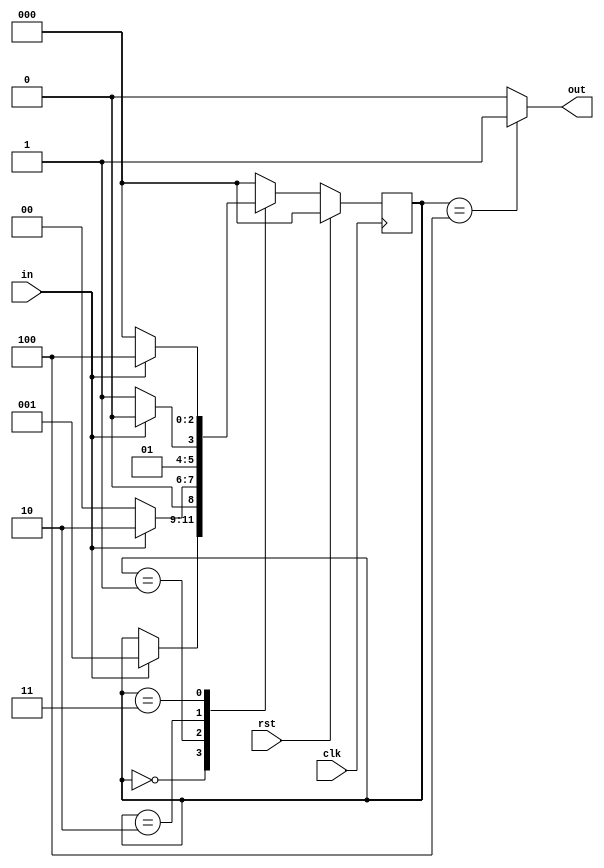
module moore_1101 (in,clk,rst,out);

input in,clk,rst;
output reg out;
  reg [2:0] ps,ns;

parameter s0 = 3'b000 ,s1 = 3'b001,s2 = 3'b010,s3 = 3'b011, s4 = 3'b100;

always @ (posedge clk)
begin
  if (rst)
    ps<= s0;
  else
	ps <= ns;
end

  always @ (ps or in)
begin
  case (ps)
		s0: begin
          out = 0;
          if (in)
              ns = s1;
          else
              ns = ps; //ps or s0
      end
    s1:  begin
          out = 0;
          if (in)
            ns = s2;
          else
            ns = s0;
   	   end
    s2:  begin
        out = 0;

        if (in)
          ns = s2;
        else
          ns = s3;
      end
    s3:  begin
        out = 0;
        if (in)
          ns = s4;
        else
          ns = s0;
		end
    s4: begin
        out=1;
        if (in)
          ns = s0;

        else
          ns = s0;
  		end

    default: begin
      out=0;
      ns = s0;
    end
  endcase
end
endmodule